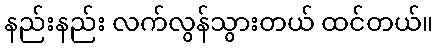
နည်းနည်း လက်လွန်သွားတယ် ထင်တယ်။